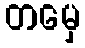
တမှေ